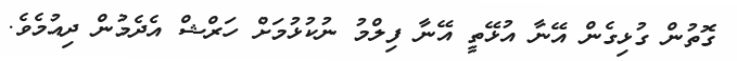
ގޮތުން ގުޅިގެން އޭނާ އުޅޭތީ އޭނާ ފިލްމު ނުކުޅުމަށް ހަރްޝް އެދެމުން ދިއުމެވެ.